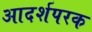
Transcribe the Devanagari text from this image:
आदर्शपरक